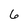
Character: 6